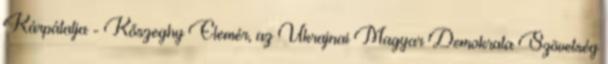
Kárpátalja - Kőszeghy Elemér, az Ukrajnai Magyar Demokrata Szövetség